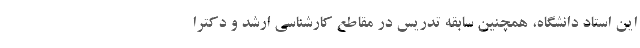
این استاد دانشگاه، همچنین سابقه تدریس در مقاطع کارشناسی ارشد و دکترا